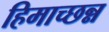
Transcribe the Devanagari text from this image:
हिमाच्छन्न